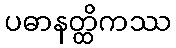
ပဓာနတ္ထိကဿ